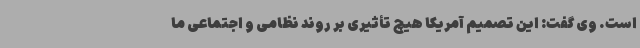
است. وی گفت: این تصمیم آمریکا هیچ تأثیری بر روند نظامی و اجتماعی ما